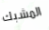
المشبك